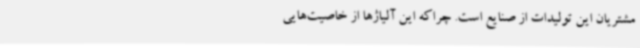
مشتریان این تولیدات از صنایع است. چراکه این آلیاژها از خاصیت‌هایی